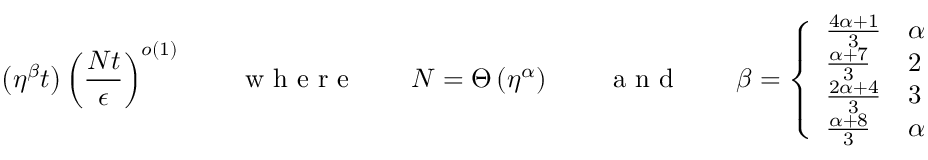
\left( \eta ^ { \beta } t \right) \left( \frac { N t } { \epsilon } \right) ^ { o ( 1 ) } \qquad \textrm { w h e r e } \qquad N = \Theta \left( \eta ^ { \alpha } \right) \qquad \textrm { a n d } \qquad \beta = \left\{ \begin{array} { l l } { \frac { 4 \alpha + 1 } { 3 } } & { \alpha \leq 2 } \\ { \frac { \alpha + 7 } { 3 } } & { 2 \leq \alpha \leq 3 } \\ { \frac { 2 \alpha + 4 } { 3 } } & { 3 \leq \alpha \leq 4 } \\ { \frac { \alpha + 8 } { 3 } } & { \alpha \geq 4 } \end{array} \right. \, .